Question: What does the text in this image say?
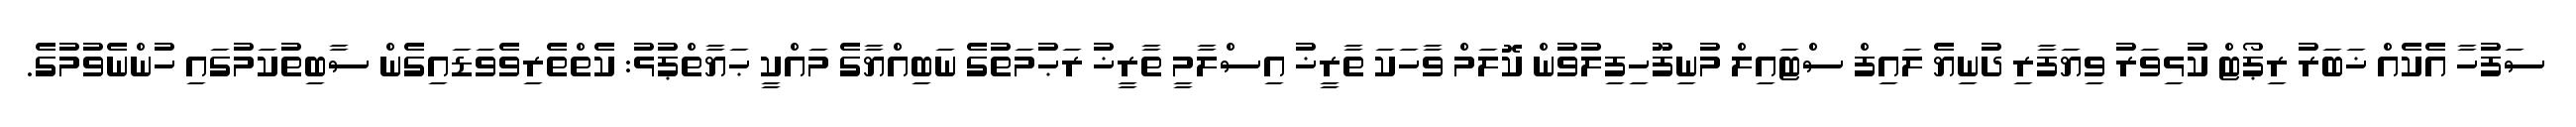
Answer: ސަފުހާ އެކެއް ޚަބަރު ރިޕޯޓް ކުޅިވަރު ވިޔަފާރި ދުނިޔެ ލައިފް ސްޓައިލް މުނިފޫހިފިލުވުން ކޮލަމް ވާހަކަ ތާރީޚު އިސްލާމީ ތާރީޚު ރަޙުމަތުގެ ނަބިއްޔާގެ މައްކީ ޙަޔާތްޕުޅު: ކެތްތެރިވެވަޑައިގެން ސާބިތުކަމުގައި ހުންނެވުމުގެ.